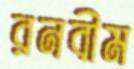
রনবীম